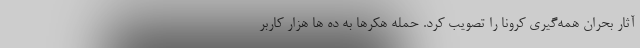
آثار بحران همه‌گیری کرونا را تصویب کرد. حمله هکرها به ده ها هزار کاربر